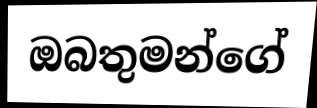
ඔබතුමන්ගේ